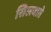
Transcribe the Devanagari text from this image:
सिलवाते